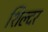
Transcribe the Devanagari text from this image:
शिल्दर